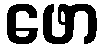
ဖော